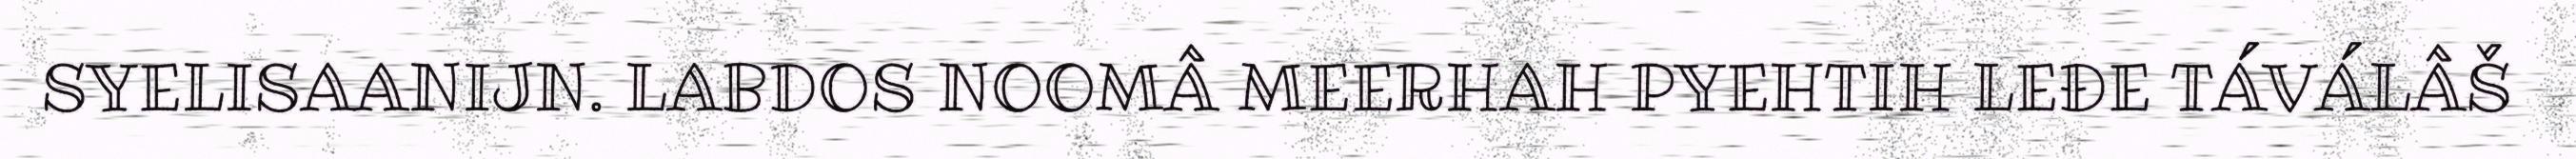
SYELISAANIJN. LABDOS NOOMÂ MEERHAH PYEHTIH LEĐE TÁVÁLÂŠ